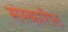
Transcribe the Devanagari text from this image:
संस्कारीत